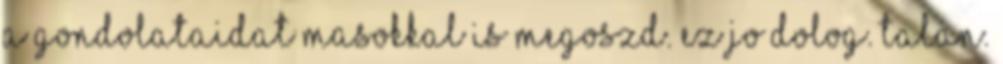
a gondolataidat masokkal is megoszd. Ez jo dolog. Talan.